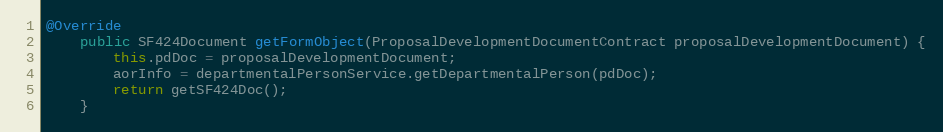
Language: Java
@Override
    public SF424Document getFormObject(ProposalDevelopmentDocumentContract proposalDevelopmentDocument) {
        this.pdDoc = proposalDevelopmentDocument;
        aorInfo = departmentalPersonService.getDepartmentalPerson(pdDoc);
        return getSF424Doc();
    }